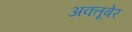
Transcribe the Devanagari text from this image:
अक्तूबेर